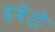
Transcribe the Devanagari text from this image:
इवेटो